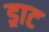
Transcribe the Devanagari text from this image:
ड्राट